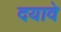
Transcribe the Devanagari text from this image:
दयावे